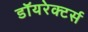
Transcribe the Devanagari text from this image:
डॉयरेक्टर्स